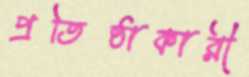
প্রতিষ্ঠাকারী